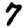
Digit: 7